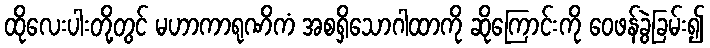
ထိုလေးပါးတို့တွင် မဟာကာရုဏိကံ အစရှိသောဂါထာကို ဆိုကြောင်းကို ဝေဖန်ခွဲခြမ်း၍